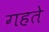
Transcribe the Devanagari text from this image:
गहते